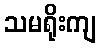
သမရိုးကျ